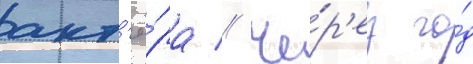
акт'ё́ра // Че́р'ез го́д